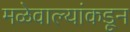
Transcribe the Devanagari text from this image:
मळेवाल्यांकडून